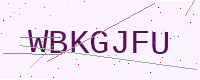
Text: WBKGJFU